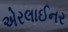
એરલાઈનર